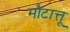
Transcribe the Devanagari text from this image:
मौटात्तू